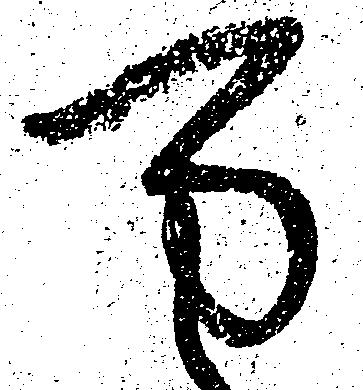
万